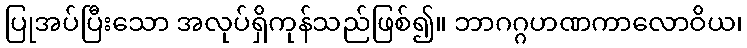
ပြုအပ်ပြီးသော အလုပ်ရှိကုန်သည်ဖြစ်၍။ ဘာဂဂ္ဂဟဏကာလောဝိယ၊